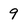
Character: 9